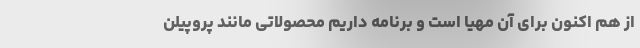
از هم اکنون برای آن مهیا است و برنامه داریم محصولاتی مانند پروپیلن